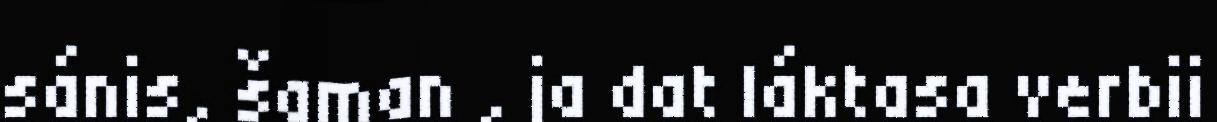
sánis, šaman , ja dat láktasa verbii